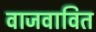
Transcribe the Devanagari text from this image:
वाजवावित